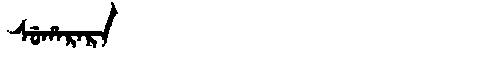
Manchu: ᠰᡠᡥᠠᡵᠠᡵᠠ
Romanization: SUHARARA